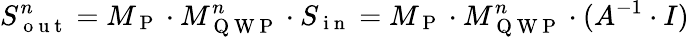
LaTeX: S_{\mathrm{~o~u~t~}}^{n}=M_{\mathrm{~P~}}\cdot M_{\mathrm{~Q~W~P~}}^{n}\cdot S_{\mathrm{~i~n~}}=M_{\mathrm{~P~}}\cdot M_{\mathrm{~Q~W~P~}}^{n}\cdot(A^{-1}\cdot I)